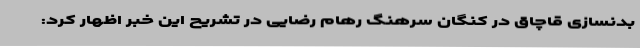
بدنسازی قاچاق در کنگان سرهنگ رهام رضایی در تشریح این خبر اظهار کرد: